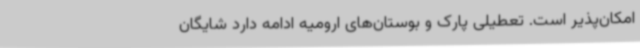
امکان‌پذیر است. تعطیلی پارک و بوستان‌های ارومیه ادامه دارد شایگان